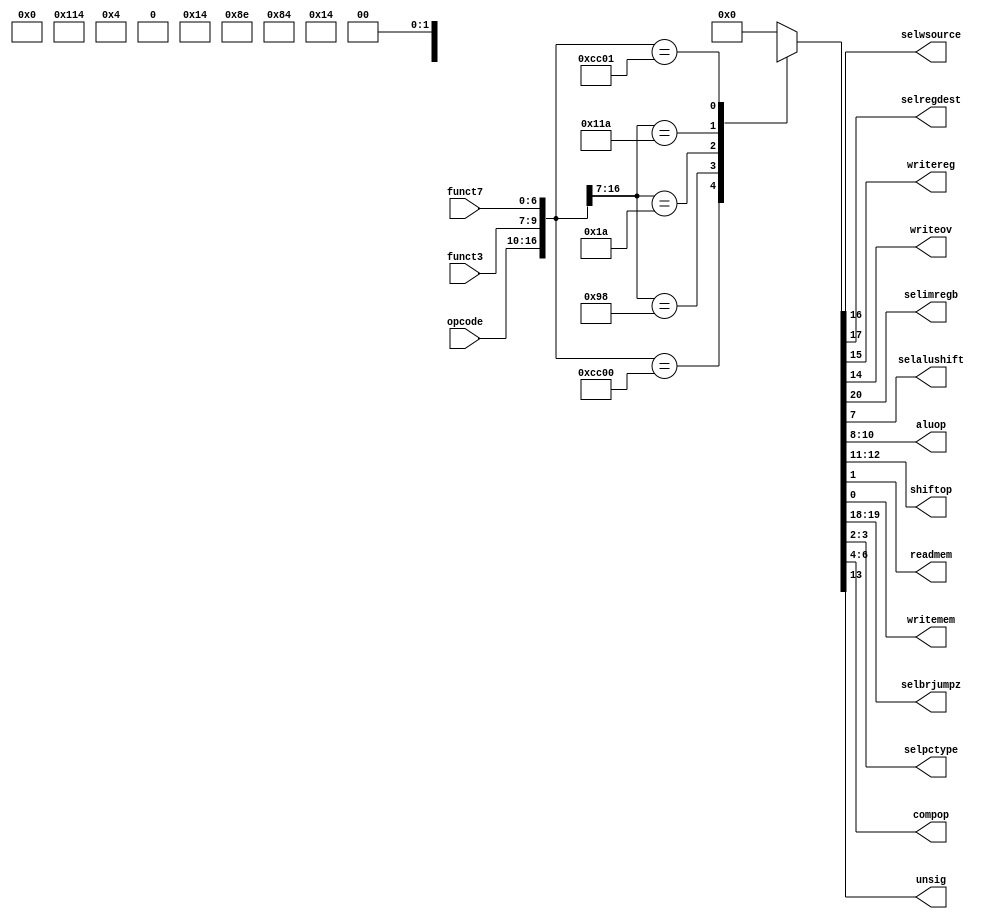
`ifndef CONTROL_V
`define CONTROL_V

module Control (
    input     [6:0]    opcode,
    input     [2:0]    funct3,
    input     [6:0]    funct7,

    output             selwsource,
    output             selregdest,
    output             writereg,
    output             writeov,
    output             selimregb,
    output             selalushift,
    output    [2:0]    aluop,
    output    [1:0]    shiftop,
    output             readmem,
    output             writemem,
    output    [1:0]    selbrjumpz,
    output    [1:0]    selpctype,
    output    [2:0]    compop,
    output             unsig
);

    wire    [17:0]    sel;
    reg     [20:0]    out;


    assign sel = {opcode,funct3,funct7};

    // Whether to use an immediate value or a register as the second operand
    assign selimregb = out[20];
    // ? (used only in branches and jumps)
    assign selbrjumpz = out[19:18];
    // Represents number of register operands (1 => 3 registers,
    // 0 => 2 registers)
    assign selregdest = out[17];
    // Determines whether to write back data from Memory or Execute
    assign selwsource = out[16];
    // Whether or not the instruction writes to the ARF
    assign writereg = out[15];
    // If true, the instruction will write to the ARF even if an overflow
    // happens.
    assign writeov = out[14];
    // Whether or not to perform an unsigned operation
    assign unsig = out[13];         
    assign shiftop = out[12:11];    // Operation from shifter (maybe not needed)
    assign aluop = out[10:8];       // ALUOP (which is which?)
    assign selalushift = out[7];    // Use ALU or Shifter (maybe not needed)
    assign compop = out[6:4];       // Used in breaks, not needed
    assign selpctype = out[3:2];    // Used in jumps and branches, not needed
    assign readmem = out[1];        // Read from memory
    assign writemem = out[0];       // Write on memory

    always @(*) begin
        // casex (sel)  // MIPS                 
        //      // op    fn              // 098765432109876543210
        //     12'b000000000100: out <= 21'b0001011X10XXX1XXXXX00; // SLL
        //     12'b000000000110: out <= 21'b0001011X00XXX1XXXXX00; // SRL
        //     12'b000000000111: out <= 21'b0001011X01XXX1XXXXX00; // SRA
        //     12'b000000001000: out <= 21'bX01XX0XXXXXXXXXXX0100; // JR
        //     12'b000000100000: out <= 21'b00010100XX0100XXXXX00; // ADD
        //     12'b000000100001: out <= 21'b00010111XX0100XXXXX00; // ADDU
        //     12'b000000100010: out <= 21'b00010100XX1100XXXXX00; // SUB
        //     12'b000000100011: out <= 21'b00010111XX1100XXXXX00; // SUBU
        //     12'b000000100100: out <= 21'b0001011XXX0000XXXXX00; // AND
        //     12'b000000100101: out <= 21'b0001011XXX0010XXXXX00; // OR
        //     12'b000000100110: out <= 21'b0001011XXX1010XXXXX00; // XOR
        //     12'b000000100111: out <= 21'b0001011XXX1000XXXXX00; // NOR
        //     12'b000010XXXXXX: out <= 21'bX01XX0XXXXXXXXXXX1000; // J
        //     12'b000100XXXXXX: out <= 21'bX10XX0X0XXXXXX0000000; // BEQ
        //     12'b000101XXXXXX: out <= 21'bX10XX0X0XXXXXX1010000; // BNE
        //     12'b000110XXXXXX: out <= 21'bX10XX0X0XXXXXX0100000; // BLEZ
        //     12'b000111XXXXXX: out <= 21'bX10XX0X0XXXXXX0110000; // BGTZ
        //     12'b001000XXXXXX: out <= 21'b10000100XX0100XXXXX00; // ADDI
        //     12'b001001XXXXXX: out <= 21'b10000111XX0100XXXXX00; // ADDIU
        //     12'b001100XXXXXX: out <= 21'b1000011XXX0000XXXXX00; // ANDI
        //     12'b001101XXXXXX: out <= 21'b1000011XXX0010XXXXX00; // ORI
        //     12'b001110XXXXXX: out <= 21'b1000011XXX1010XXXXX00; // XORI
        //     12'b100011XXXXXX: out <= 21'b10001110XX0100XXXXX10; // LW
        //     12'b101011XXXXXX: out <= 21'b100XX0X0XX0100XXXXX01; // SW
        //     12'b000000011000: out <= 21'b00010100XX0000XXXXX00; // MULT
        //     default:          out <= 21'b000000000000000000000;
        // endcase

        // Controller signals
        casex (sel)  // RISCV "mini"                 
             // op     f3 f7               // 098765432109876543210
            17'b01100110000000000: out <= 21'b00010100XX0100XXXXX00; // ADD
            17'b0010011000XXXXXXX: out <= 21'b10000100XX0100XXXXX00; // ADDI
            // 17'b001001XXXXXX: out <=      21'b10000111XX0100XXXXX00; // ADDIU
            17'b0000011010XXXXXXX: out <= 21'b10001110XX0100XXXXX10; // LW
            17'b0100011010XXXXXXX: out <= 21'b100XX0X0XX0100XXXXX01; // SW
            17'b01100110000000001: out <= 21'b00010100XX0000XXXXX00; // MULT
            default:          out <= 21'b000000000000000000000;
        endcase

    end

endmodule

`endif